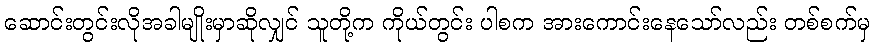
ဆောင်းတွင်းလိုအခါမျိုးမှာဆိုလျှင် သူတို့က ကိုယ်တွင်း ပါစက အားကောင်းနေသော်လည်း တစ်စက်မှ